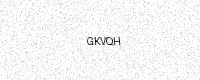
Text: GKVQH